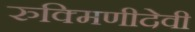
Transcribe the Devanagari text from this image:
रुक्मिणीदेवी